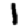
Digit: 1